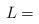
LaTeX: \begin{align*} L = \end{align*}